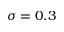
\sigma = 0 . 3